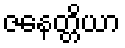
ဇနေတ္တိယာ